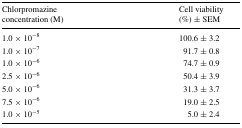
| Chlorpromazine concentration (M) | Cell viability (%) ± SEM |
 | --- | --- |
 | 1.0 × 10−8 | 100.6 ± 3.2 |
 | 1.0 × 10−7 | 91.7 ± 0.8 |
 | 1.0 × 10−6 | 74.7 ± 0.9 |
 | 2.5 × 10−6 | 50.4 ± 3.9 |
 | 5.0 × 10−6 | 31.3 ± 3.7 |
 | 7.5 × 10−6 | 19.0 ± 2.5 |
 | 1.0 × 10−5 | 5.0 ± 2.4 |